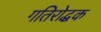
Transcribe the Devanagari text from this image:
गतिरोद्धक